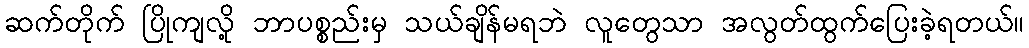
ဆက်တိုက် ပြိုကျလို့ ဘာပစ္စည်းမှ သယ်ချိန်မရဘဲ လူတွေသာ အလွတ်ထွက်ပြေးခဲ့ရတယ်။